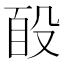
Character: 𭮮